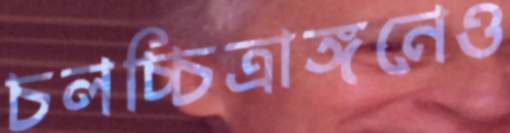
চলচ্চিত্রাঙ্গনেও